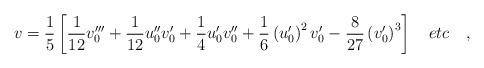
LaTeX: \begin{align*}v=\frac{1}{5}\left[ \frac{1}{12}v_0'''+\frac{1}{12} u_0''v_0'+\frac{1}{4}u_0'v_0'' +\frac{1}{6}\left( u_0'\right)^2 v_0' -\frac{8}{27}\left( v_0'\right)^3 \right] \quad etc \quad ,\end{align*}